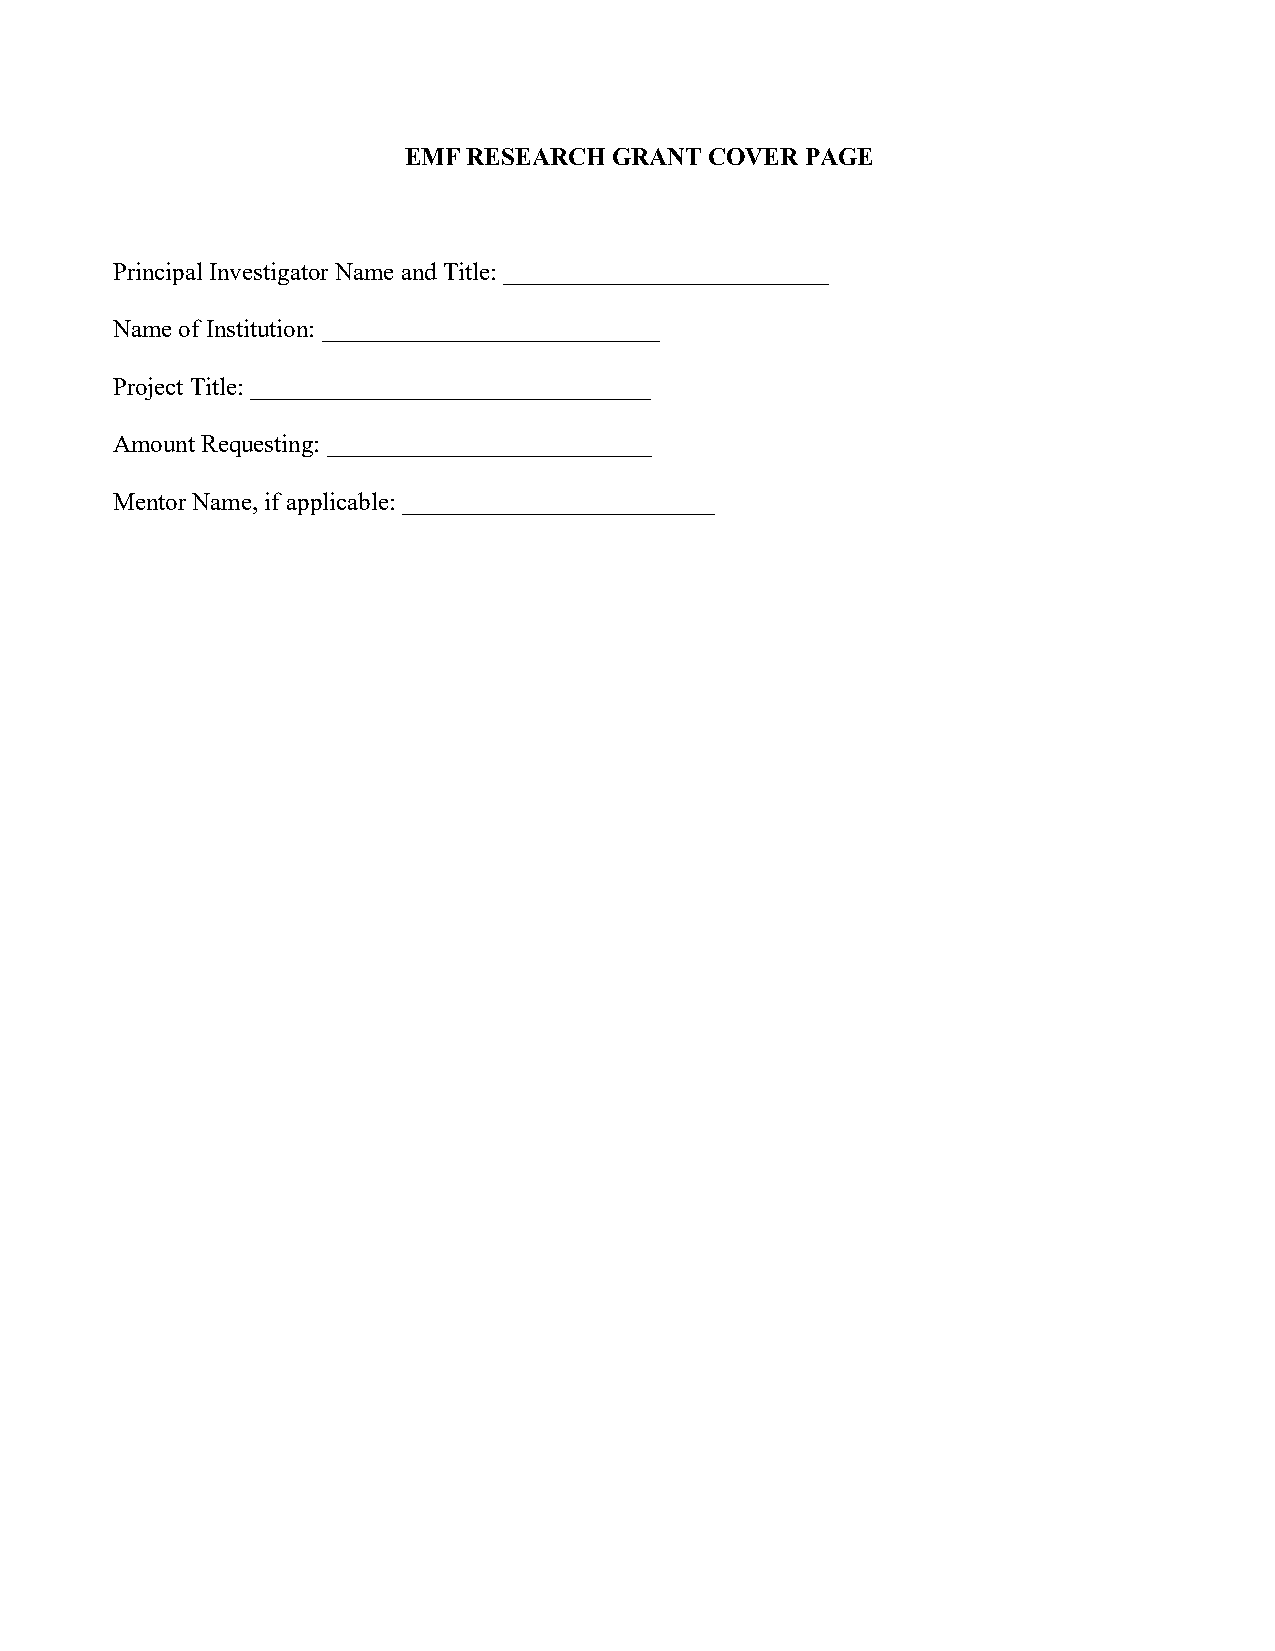
EMF RESEARCH GRANT  COVER PAGE
 Principal Investigator Name and Title: __________________________
 Name of Institution: ___________________________
 Project Title: ________________________________
 Amount Requesting: __________________________
 Mentor Name, if applicable: _________________________